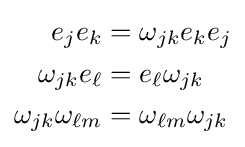
{\begin{aligned}e_{j}e_{k}&=\omega _{jk}e_{k}e_{j}\\\omega _{jk}e_{\ell }&=e_{\ell }\omega _{jk}\\\omega _{jk}\omega _{\ell m}&=\omega _{\ell m}\omega _{jk}\end{aligned}}